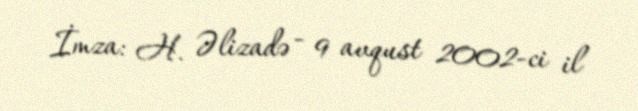
İmza: H. Əlizadə - 9 avqust 2002-ci il